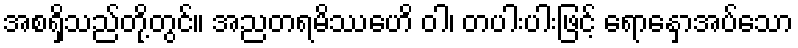
အစရှိသည်တို့တွင်။ အညတရမိဿေဟိ ဝါ၊ တပါးပါးဖြင့် ရောနှောအပ်သော